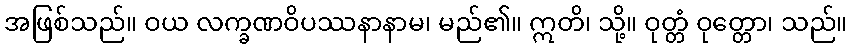
အဖြစ်သည်။ ဝယ လက္ခဏဝိပဿနာနာမ၊ မည်၏။ ဣတိ၊ သို့။ ဝုတ္တံ ဝုတ္တော၊ သည်။